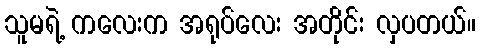
သူမရဲ့ ကလေးက အရုပ်လေး အတိုင်း လှပတယ်။